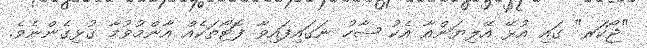
"ޖޯކަރ" ގައި އުޅޭ އޭލިޔަންއާ އެކު ޝާހު ނަގައިފައިވާ ފޮޓޯތަކެއް އާންމުވުމާ ގުޅިގެންނެވެ.